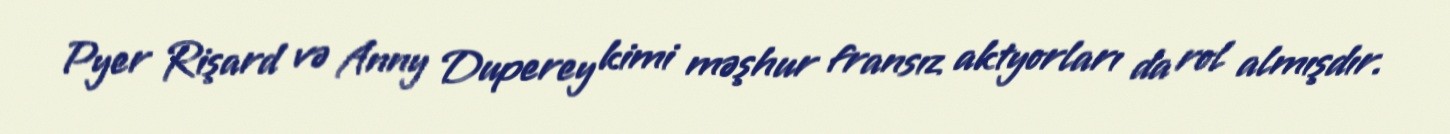
Pyer Rişard və Anny Duperey kimi məşhur fransız aktyorları da rol almışdır.